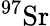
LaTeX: ^{97}\mathrm{Sr}